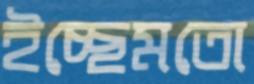
ইচ্ছেমতো